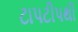
ટાપટીપથી